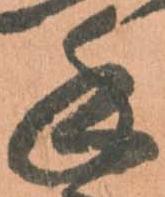
手